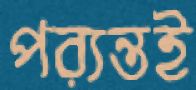
পর্যন্তই